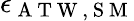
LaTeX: \epsilon_{\mathrm{~A~T~W~,~S~M~}}